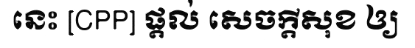
នេះ [CPP] ផ្តល់ សេចក្តីសុខ ឲ្យ